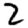
Digit: 2